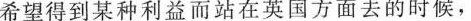
希望得到某种利益而站在英国方面去的时候，